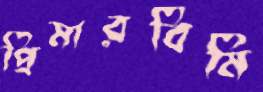
প্রিমারবিমি